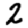
Digit: 2